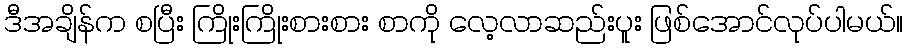
ဒီအချိန်က စပြီး ကြိုးကြိုးစားစား စာကို လေ့လာဆည်းပူး ဖြစ်အောင်လုပ်ပါမယ်။